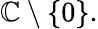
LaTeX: \mathbb{C}\setminus\{ 0\} .